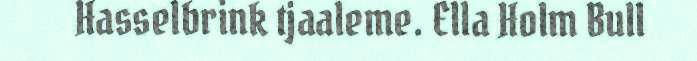
Hasselbrink tjaaleme. Ella Holm Bull